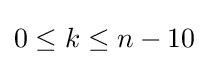
{\textstyle 0\leq k\leq n-10}